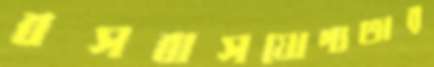
বসবাসযোগ্যতার